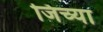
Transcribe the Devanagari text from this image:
जिच्‍या